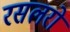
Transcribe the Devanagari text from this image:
रसलरों